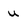
Character: u